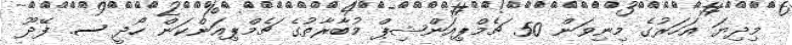
މިދިޔަ އަހަރުގެ މިނިވަން 50 ޗެމްޕިއަންޝިޕް މުބާރާތުގެ ޗެމްޕިއަންކަން ހޯދީ ސ. ފޭދޫ